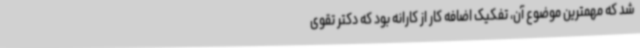
شد که مهمترین موضوع آن، تفکیک اضافه کار از کارانه بود که دکتر تقوی